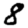
Digit: 8